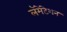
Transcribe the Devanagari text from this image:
लॅमेंटेशन